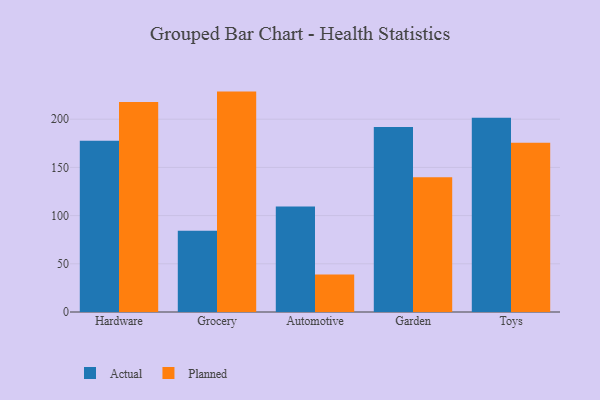
{"axis": {"x": "Category", "y": "Customer Acquisition Cost (USD)"}, "legend": ["Actual", "Planned"], "data": [{"x": "Hardware", "y": 177.5, "type": "Actual"}, {"x": "Hardware", "y": 217.8, "type": "Planned"}, {"x": "Grocery", "y": 84.4, "type": "Actual"}, {"x": "Grocery", "y": 228.6, "type": "Planned"}, {"x": "Automotive", "y": 109.5, "type": "Actual"}, {"x": "Automotive", "y": 38.8, "type": "Planned"}, {"x": "Garden", "y": 191.9, "type": "Actual"}, {"x": "Garden", "y": 139.8, "type": "Planned"}, {"x": "Toys", "y": 201.5, "type": "Actual"}, {"x": "Toys", "y": 175.5, "type": "Planned"}]}